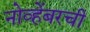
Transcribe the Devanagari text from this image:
नोव्हेंबरची